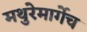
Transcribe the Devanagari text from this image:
मथुरेमार्गेच